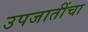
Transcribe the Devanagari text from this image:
उपजातींचा